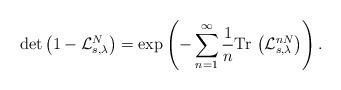
LaTeX: \begin{align*}\det\left( 1-\mathcal{L}_{s,\lambda}^{N} \right) &= \exp\left( - \sum_{n=1}^{\infty} \frac{1}{n}\mathrm{Tr}\, \left(\mathcal{L}_{s,\lambda}^{nN}\right)\right).\end{align*}